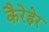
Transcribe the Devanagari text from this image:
कैरेह्नेर